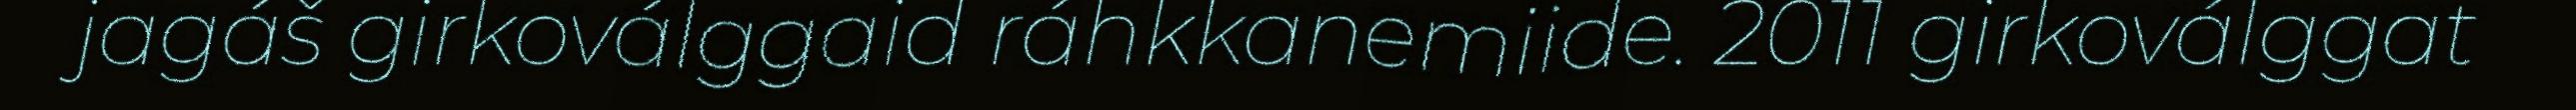
jagáš girkoválggaid ráhkkanemiide. 2011 girkoválggat